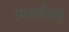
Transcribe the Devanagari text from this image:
असमोली